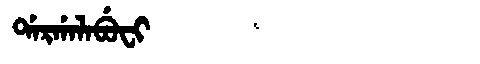
Manchu: ᡩᠠᡵᡤᠠᠯᠠᠪᡠᠸᡳ
Romanization: DARGALABUFI